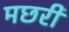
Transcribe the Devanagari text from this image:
मछरी